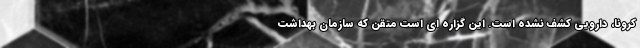
کرونا، دارویی کشف نشده است. این گزاره ای است متقن که سازمان بهداشت